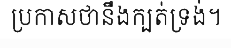
ប្រកាសថានឹងក្បត់ទ្រង់។